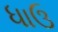
ધાઉ